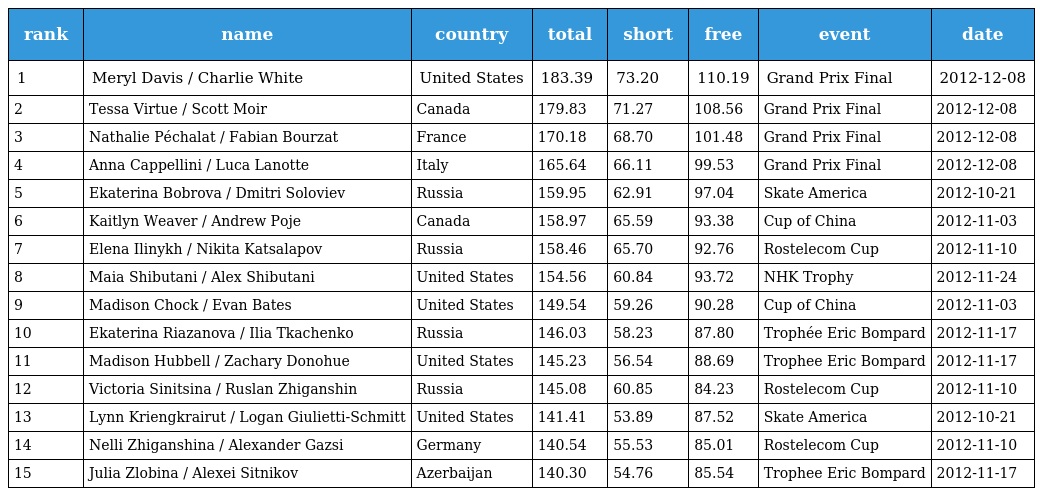
| rank | name | country | total | short | free | event | date |
 | --- | --- | --- | --- | --- | --- | --- | --- |
 | 1 | Meryl Davis / Charlie White | United States | 183.39 | 73.20 | 110.19 | Grand Prix Final | 2012-12-08 |
 | 2 | Tessa Virtue / Scott Moir | Canada | 179.83 | 71.27 | 108.56 | Grand Prix Final | 2012-12-08 |
 | 3 | Nathalie Péchalat / Fabian Bourzat | France | 170.18 | 68.70 | 101.48 | Grand Prix Final | 2012-12-08 |
 | 4 | Anna Cappellini / Luca Lanotte | Italy | 165.64 | 66.11 | 99.53 | Grand Prix Final | 2012-12-08 |
 | 5 | Ekaterina Bobrova / Dmitri Soloviev | Russia | 159.95 | 62.91 | 97.04 | Skate America | 2012-10-21 |
 | 6 | Kaitlyn Weaver / Andrew Poje | Canada | 158.97 | 65.59 | 93.38 | Cup of China | 2012-11-03 |
 | 7 | Elena Ilinykh / Nikita Katsalapov | Russia | 158.46 | 65.70 | 92.76 | Rostelecom Cup | 2012-11-10 |
 | 8 | Maia Shibutani / Alex Shibutani | United States | 154.56 | 60.84 | 93.72 | NHK Trophy | 2012-11-24 |
 | 9 | Madison Chock / Evan Bates | United States | 149.54 | 59.26 | 90.28 | Cup of China | 2012-11-03 |
 | 10 | Ekaterina Riazanova / Ilia Tkachenko | Russia | 146.03 | 58.23 | 87.80 | Trophée Eric Bompard | 2012-11-17 |
 | 11 | Madison Hubbell / Zachary Donohue | United States | 145.23 | 56.54 | 88.69 | Trophee Eric Bompard | 2012-11-17 |
 | 12 | Victoria Sinitsina / Ruslan Zhiganshin | Russia | 145.08 | 60.85 | 84.23 | Rostelecom Cup | 2012-11-10 |
 | 13 | Lynn Kriengkrairut / Logan Giulietti-Schmitt | United States | 141.41 | 53.89 | 87.52 | Skate America | 2012-10-21 |
 | 14 | Nelli Zhiganshina / Alexander Gazsi | Germany | 140.54 | 55.53 | 85.01 | Rostelecom Cup | 2012-11-10 |
 | 15 | Julia Zlobina / Alexei Sitnikov | Azerbaijan | 140.30 | 54.76 | 85.54 | Trophee Eric Bompard | 2012-11-17 |